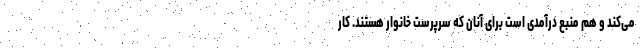
می‌کند و هم منبع درآمدی است برای آنان که سرپرست خانوار هستند. کار